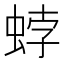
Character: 𧋢